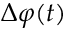
\Delta \varphi ( t )